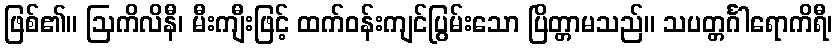
ဖြစ်၏။ ဩကိလိနီ၊ မီးကျီးဖြင့် ထက်ဝန်းကျင်ပြွမ်းသော ပြိတ္တာမသည်။ သပတ္တင်္ဂါရောကိရီ၊